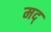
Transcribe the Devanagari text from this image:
मद्